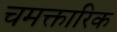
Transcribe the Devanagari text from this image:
चमक्तारिक